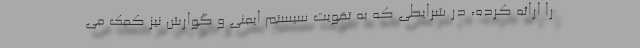
را ارائه کرده، در شرایطی که به تقویت سیستم ایمنی و گوارش نیز کمک می